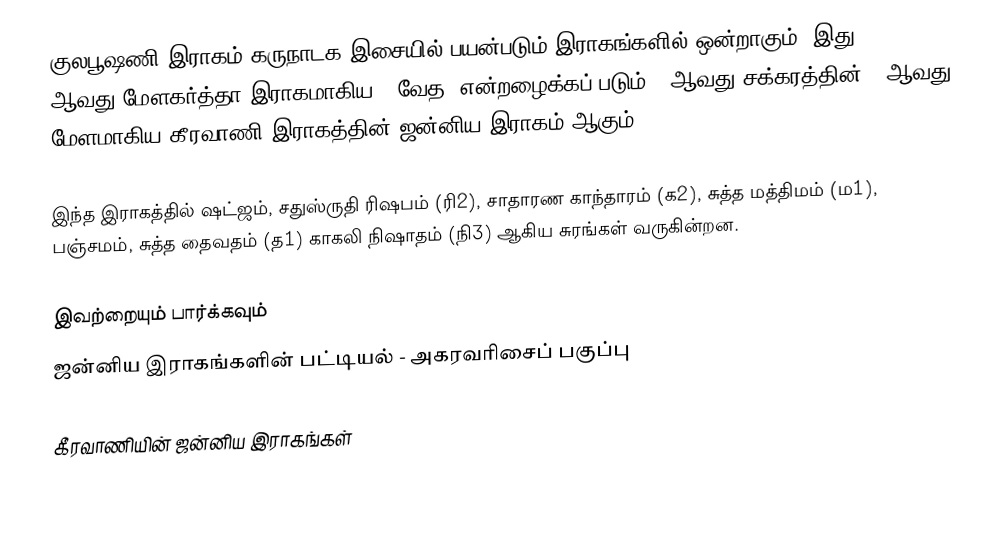
குலபூஷணி இராகம் கருநாடக இசையில் பயன்படும் இராகங்களில் ஒன்றாகும். இது 21 ஆவது மேளகர்த்தா இராகமாகிய, "வேத" என்றழைக்கப் படும் 4 ஆவது சக்கரத்தின் 3 ஆவது மேளமாகிய கீரவாணி இராகத்தின் ஜன்னிய இராகம் ஆகும்.

இந்த இராகத்தில் ஷட்ஜம், சதுஸ்ருதி ரிஷபம் (ரி2),  சாதாரண காந்தாரம் (க2), சுத்த மத்திமம் (ம1), பஞ்சமம்,  சுத்த தைவதம் (த1) காகலி நிஷாதம்  (நி3) ஆகிய சுரங்கள் வருகின்றன.

இவற்றையும் பார்க்கவும்
 ஜன்னிய இராகங்களின் பட்டியல் - அகரவரிசைப் பகுப்பு

கீரவாணியின் ஜன்னிய இராகங்கள்